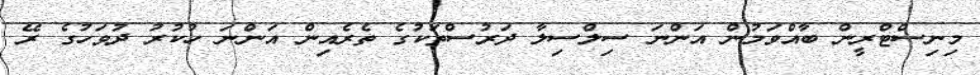
މިނިސްޓްރީން ބާއްވަމުން އަންނަ ސިލްސިލާ ދަރުސްތަކުގެ ތެރެއިން އަންނަ ހުކުރު ދުވަހުގެ ރޭ